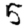
Digit: 5